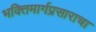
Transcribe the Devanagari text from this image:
भक्तिमार्गप्रसाराचा